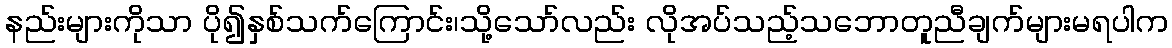
နည်းများကိုသာ ပို၍နှစ်သက်ကြောင်း၊သို့သော်လည်း လိုအပ်သည့်သဘောတူညီချက်များမရပါက